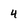
Character: 4